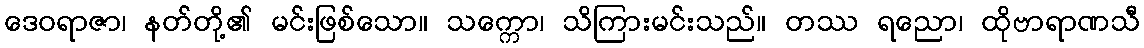
ဒေဝရာဇာ၊ နတ်တို့၏ မင်းဖြစ်သော။ သက္ကော၊ သိကြားမင်းသည်။ တဿ ရညော၊ ထိုဗာရာဏသီ